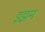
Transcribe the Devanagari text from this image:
इझम